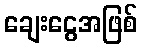
ချေးငွေအဖြစ်